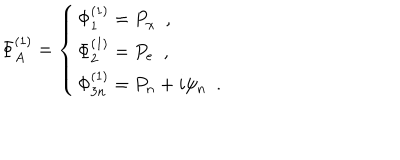
LaTeX: \Phi _ { A } ^ { ( 1 ) } = \left\{ \begin{array} { l } { { \Phi _ { 1 } ^ { ( 1 ) } = P _ { \chi } \, \, \, , } } \\ { { \Phi _ { 2 } ^ { ( 1 ) } = P _ { e } \, \, \, , } } \\ { { \Phi _ { 3 n } ^ { ( 1 ) } = P _ { n } + i \psi _ { n } \, \, \, . } } \\ \end{array} \right.